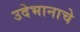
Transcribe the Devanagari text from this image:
उदेभानाचे